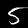
Label: 5